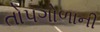
તોપગોળાની